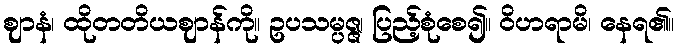
ဈာနံ၊ ထိုတတိယဈာန်ကို။ ဥပသမ္ပဇ္ဇ၊ ပြည့်စုံစေ၍။ ဝိဟရာမိ၊ နေရ၏။